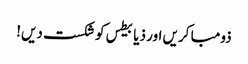
ذومبا کریں اور ذیابیطس کو شکست دیں!